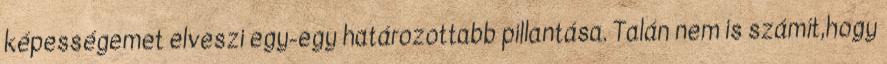
képességemet elveszi egy-egy határozottabb pillantása. Talán nem is számít,hogy